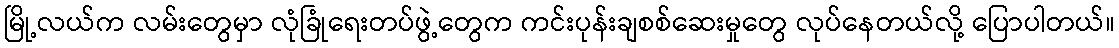
မြို့လယ်က လမ်းတွေမှာ လုံခြုံရေးတပ်ဖွဲ့တွေက ကင်းပုန်းချစစ်ဆေးမှုတွေ လုပ်နေတယ်လို့ ပြောပါတယ်။